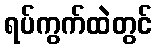
ရပ်ကွက်ထဲတွင်